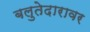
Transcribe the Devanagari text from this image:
बलुतेदारावर